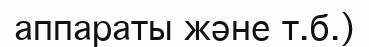
аппараты және т.б.)